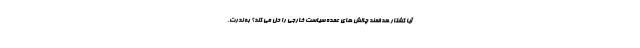
آیا کشتار هدفمند چالش های عمده سیاست خارجی را حل می کند؟ به ندرت.